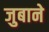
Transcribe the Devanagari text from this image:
जुबाने